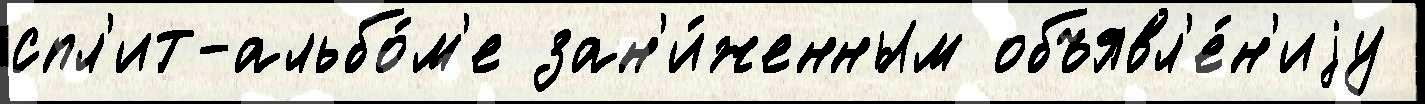
спл'ит-альбо́м'е зан'и́женным объявл'е́н'иjу